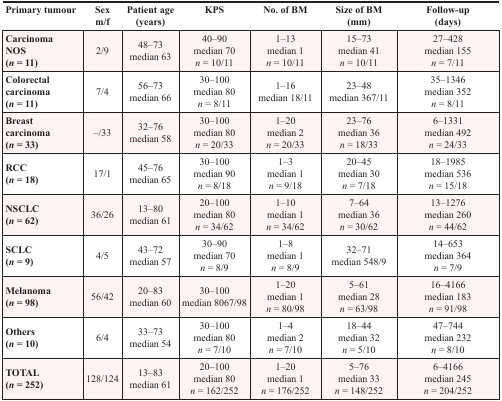
<table><thead><tr><td><b>Primary tumour</b></td><td><b>Sexm/f</b></td><td><b>Patient age(years)</b></td><td><b>KPS</b></td><td><b>No. of BM</b></td><td><b>Size of BM(mm)</b></td><td><b>Follow-up(days)</b></td></tr></thead><tbody><tr><td><b>Carcinoma</b><b>NOS</b><b>(<i>n</i> = 11)</b></td><td>2/9</td><td>48–73median 63</td><td>40–90median 70<i>n</i> = 10/11</td><td>1–13median 1<i>n</i> = 10/11</td><td>15–73median 41<i>n</i> = 10/11</td><td>27–428median 155<i>n</i> = 7/11</td></tr><tr><td><b>Colorectal</b><b>carcinoma</b><b>(<i>n</i>= 11)</b></td><td>7/4</td><td>56–73median 66</td><td>30–100median 80<i>n</i> = 8/11</td><td>1–16median 18/11</td><td>23–48median 367/11</td><td>35–1346median 352<i>n</i> = 8/11</td></tr><tr><td><b>Breast</b><b>carcinoma</b><b>(<i>n</i> = 33)</b></td><td>–/33</td><td>32–76median 58</td><td>30–100median 80<i>n</i> = 20/33</td><td>1–20median 2<i>n</i> = 20/33</td><td>23–76median 36<i>n</i> = 18/33</td><td>6–1331median 492<i>n</i> = 24/33</td></tr><tr><td><b>RCC</b><b>(<i>n</i> = 18)</b></td><td>17/1</td><td>45–76median 65</td><td>30–100median 90<i>n</i> = 8/18</td><td>1–3median 1<i>n</i> = 9/18</td><td>20–45median 30<i>n</i> = 7/18</td><td>18–1985median 536<i>n</i> = 15/18</td></tr><tr><td><b>NSCLC</b><b>(<i>n</i> = 62)</b></td><td>36/26</td><td>13–80median 61</td><td>20–100median 80<i>n</i> = 34/62</td><td>1–10median 1<i>n</i> = 34/62</td><td>7–64median 36<i>n</i> = 30/62</td><td>13–1276median 260<i>n</i> = 44/62</td></tr><tr><td><b>SCLC</b><b>(<i>n</i> = 9)</b></td><td>4/5</td><td>43–72median 57</td><td>30–90median 70<i>n</i> = 8/9</td><td>1–8median 1<i>n</i> = 8/9</td><td>32–71median 548/9</td><td>14–653median 364<i>n</i> = 7/9</td></tr><tr><td><b>Melanoma</b><b>(<i>n</i> = 98)</b></td><td>56/42</td><td>20–83median 60</td><td>30–100median 8067/98</td><td>1–20median 1<i>n</i> = 80/98</td><td>5–61median 28<i>n</i> = 63/98</td><td>16–4166median 183<i>n</i> = 91/98</td></tr><tr><td><b>Others</b><b>(<i>n</i> = 10)</b></td><td>6/4</td><td>33–73median 54</td><td>30–100median 80<i>n</i> = 7/10</td><td>1–4median 2<i>n</i> = 7/10</td><td>18–44median 32<i>n</i> = 5/10</td><td>47–744median 232<i>n</i> = 8/10</td></tr><tr><td><b>TOTAL</b><b>(<i>n</i> = 252)</b></td><td>128/124</td><td>13–83median 61</td><td>20–100median 80<i>n</i> = 162/252</td><td>1–20median 1<i>n</i> = 176/252</td><td>5–76median 33<i>n</i> = 148/252</td><td>6–4166median 245<i>n</i> = 204/252</td></tr></tbody></table>